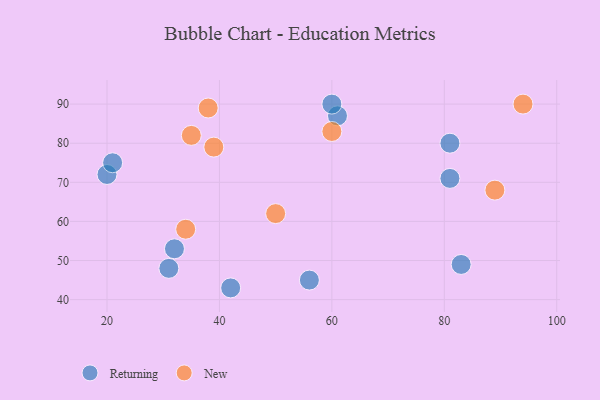
{"axis": {"x": "GDP", "y": "Life Expectancy"}, "legend": ["New", "Returning"], "data": [{"x": "42", "y": 43, "type": "Returning"}, {"x": "83", "y": 49, "type": "Returning"}, {"x": "81", "y": 80, "type": "Returning"}, {"x": "32", "y": 53, "type": "Returning"}, {"x": "20", "y": 72, "type": "Returning"}, {"x": "31", "y": 48, "type": "Returning"}, {"x": "81", "y": 71, "type": "Returning"}, {"x": "21", "y": 75, "type": "Returning"}, {"x": "61", "y": 87, "type": "Returning"}, {"x": "60", "y": 90, "type": "Returning"}, {"x": "56", "y": 45, "type": "Returning"}, {"x": "94", "y": 90, "type": "New"}, {"x": "60", "y": 83, "type": "New"}, {"x": "39", "y": 79, "type": "New"}, {"x": "89", "y": 68, "type": "New"}, {"x": "34", "y": 58, "type": "New"}, {"x": "50", "y": 62, "type": "New"}, {"x": "38", "y": 89, "type": "New"}, {"x": "35", "y": 82, "type": "New"}]}